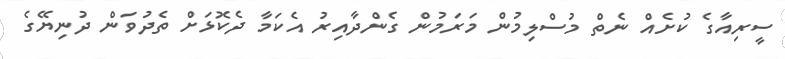
ސީރިއާގެ ކުށެއް ނެތް މުސްލިމުން މަރަމުން ގެންދާއިރު އެކަމާ ދެކޮޅަށް ތެދުވަން ދުނިޔޭގެ